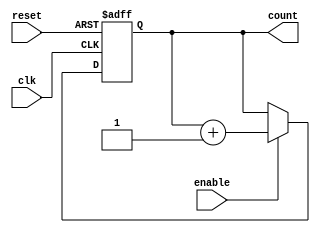
module dynamic_asynchronous_counter (
    input wire clk,                // Clock input
    input wire reset,              // Asynchronous reset
    input wire enable,             // Enable input
    output reg [3:0] count         // 4-bit binary counter output
);
    
    // Asynchronous Reset
    always @(posedge clk or posedge reset) begin
        if (reset) begin
            count <= 4'b0000;      // Reset counter to 0
        end else if (enable) begin
            count <= count + 1;    // Increment counter
        end
    end

endmodule